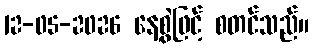
12-05-2026 နေ့စွဲဖြင့် စတင်သည်။